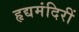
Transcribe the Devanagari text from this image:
हृद्यमंदिरीं